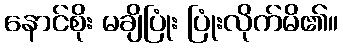
နောင်စိုး မချိပြုံး ပြုံးလိုက်မိ၏။